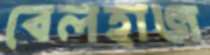
বেলহাজ